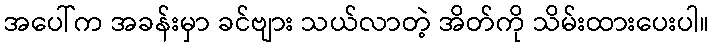
အပေါ်က အခန်းမှာ ခင်ဗျား သယ်လာတဲ့ အိတ်ကို သိမ်းထားပေးပါ။